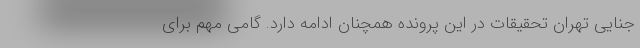
جنایی تهران تحقیقات در این پرونده همچنان ادامه دارد. گامی مهم برای